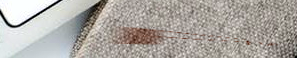
Free WiFi